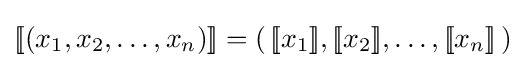
[\![(x_{1},x_{2},\ldots ,x_{n})]\!]=(\,[\![x_{1}]\!],[\![x_{2}]\!],\ldots ,[\![x_{n}]\!]\,)